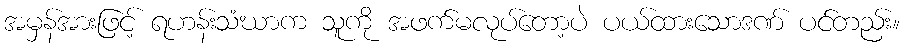
အမှန်အားဖြင့် ရဟန်းသံဃာက သူကို အဖက်မလုပ်တော့ပဲ ပယ်ထားသောဒဏ် ပင်တည်း။